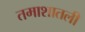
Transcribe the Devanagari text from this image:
तमाशातली